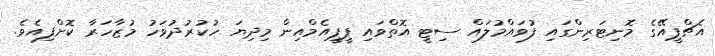
އެޗްޕީއޭގެ މޮނިޓަރިންގައި ފުވައްމުލައް ސިޓީ އޮތްވައި ޕީޕީއެމްއިން މިދިޔަ ހުކުރުދުވަހު މުޒާހަރާ ކޮށްފިއެވެ.